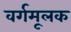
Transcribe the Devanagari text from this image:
वर्गमूलक